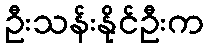
ဦးသန်းနိုင်ဦးက